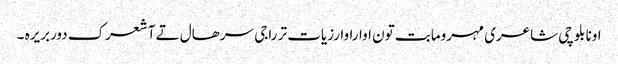
اونا بلوچی شاعری مہرومابت تون اواراوارزیات تر راجی سرھال تے آ شعرک دوربریرہ ۔